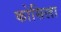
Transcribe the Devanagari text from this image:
कोसिला